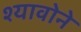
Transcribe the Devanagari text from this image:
श्यावोने